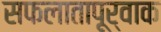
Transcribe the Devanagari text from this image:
सफलातापूर्वाक